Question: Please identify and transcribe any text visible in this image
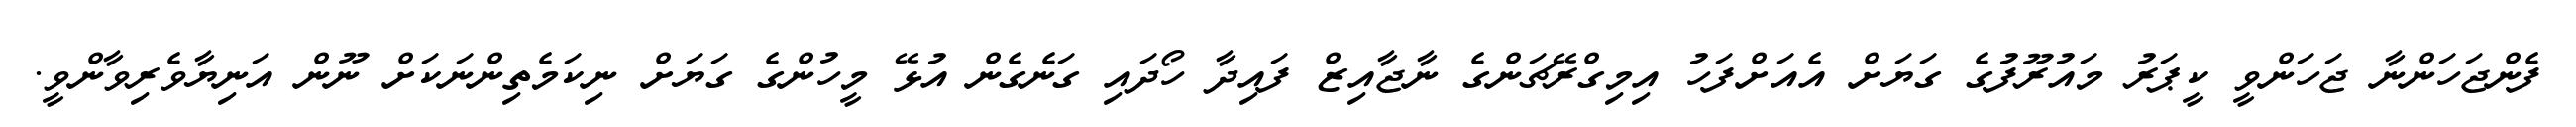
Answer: ފެންޖަހަންނާ ޖަހަންވީ ކީޕަރު މައުރޫފުގެ ގަޔަށް އެއަށްފަހު އިމިގްރޭޗަންގެ ނާޖާއިޒް ފައިދާ ހޯދައި ގަނެގެން އުޅޭ މީހުންގެ ގަޔަށް ނިކަމެތިންނަކަށް ނޫން އަނިޔާވެރިވާންވީ.